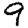
Digit: 9